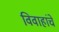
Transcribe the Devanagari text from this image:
विवाहांचे